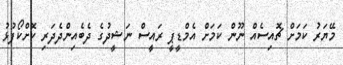
މޭޔަރު ކަމަށް ޗޮއިސެއް ނޫން ކަމަށް އެމްޑީޕީ ރައީސް ނަޝީދުގެ ދެބެއިންދެދަރި ކޮށްކޯފުޅު